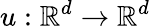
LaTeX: u:\mathbb{R}^{d}\rightarrow\mathbb{R}^{d}